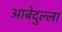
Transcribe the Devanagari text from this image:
आबेदुल्ला